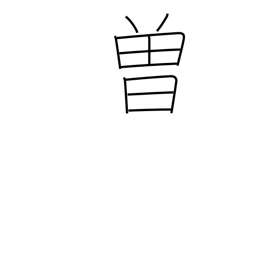
Meaning: formerly